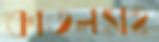
কাতলসহ